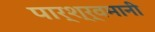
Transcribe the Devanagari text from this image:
पार्श्र्वमानी